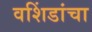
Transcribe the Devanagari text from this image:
वशिंडांचा